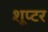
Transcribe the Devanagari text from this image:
शूप्टर